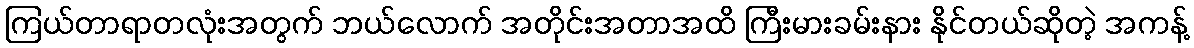
ကြယ်တာရာတလုံးအတွက် ဘယ်လောက် အတိုင်းအတာအထိ ကြီးမားခမ်းနား နိုင်တယ်ဆိုတဲ့ အကန့်